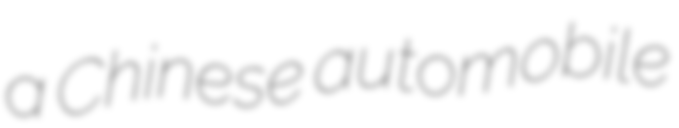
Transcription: a Chinese automobile